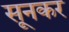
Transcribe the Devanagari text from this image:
सूनकर